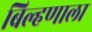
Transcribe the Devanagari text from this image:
बिल्हणाला